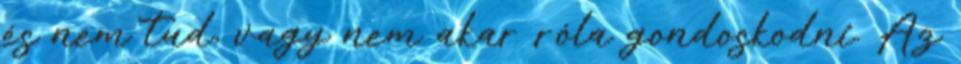
és nem tud, vagy nem akar róla gondoskodni. Az